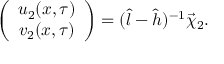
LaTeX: \left( \begin{array} { c } { { u _ { 2 } ( x , \tau ) } } \\ { { v _ { 2 } ( x , \tau ) } } \end{array} \right) = ( \hat { l } - \hat { h } ) ^ { - 1 } \vec { \chi } _ { 2 } .